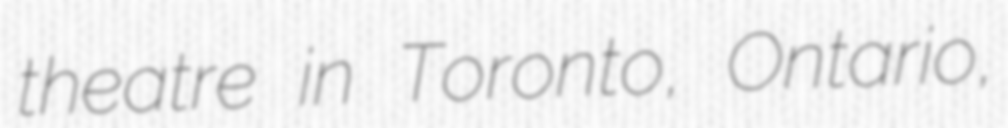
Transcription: theatre in Toronto, Ontario,